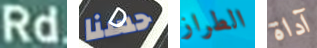
Rd حسنا الطراز آداة